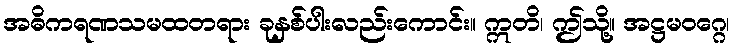
အဓိကရဏသမထတရား ခုနှစ်ပါးလည်းကောင်း။ ဣတိ၊ ဤသို့။ အဋ္ဌမဝဂ္ဂေ၊